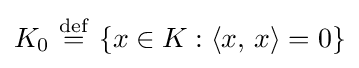
K_{0}\ {\stackrel {\mathrm {def} }{=}}\ \{x\in K:\langle x,\,x\rangle =0\}